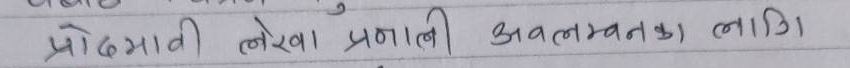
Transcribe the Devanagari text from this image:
प्रविधिमावी लेखा प्रणाली अवलम्बनका लागि।